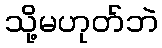
သို့မဟုတ်ဘဲ